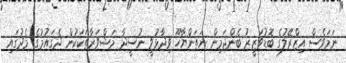
ނަމަވެސް އިޒްރޭލުގެ ބޮޑުވަޒީރު ބެންޖަމިން ނަތަންޔާހޫ ވިދާޅުވީ ނުސީދާ މަޝްވަރާތަކަކުން ދެގައުމުގެ މެދުގައި